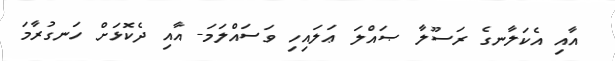
އާއި އެކަލާނގެ ރަސޫލާ ޞައްލަ ޢަލައިހި ވަސައްލަމަ- އާއި ދެކޮޅަށް ހަނގުރާމަ